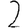
Digit: 2